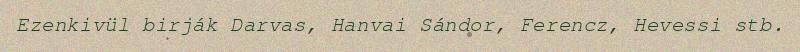
Ezenkivül birják Darvas, Hanvai Sándor, Ferencz, Hevessi stb.